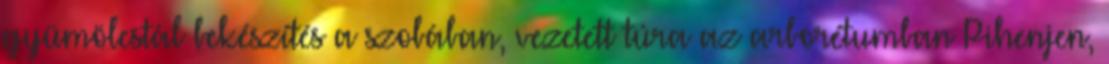
gyümölcstál bekészítés a szobában, vezetett túra az arborétumban Pihenjen,